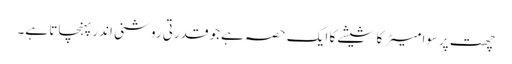
چھت پرسوا میٹر کا شیشے کا ایک حصہ ہےجو قدرتی روشنی اندر پہنچاتا ہے۔